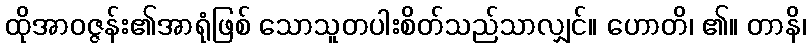
ထိုအာဝဇ္ဇန်း၏အာရုံဖြစ် သောသူတပါးစိတ်သည်သာလျှင်။ ဟောတိ၊ ၏။ တာနိ၊